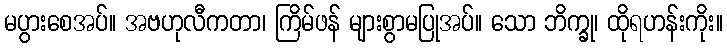
မပွားစေအပ်။ အဗဟုလီကတာ၊ ကြိမ်ဖန် များစွာမပြုအပ်။ သော ဘိက္ခု၊ ထိုရဟန်းကိုး။